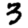
Digit: 3